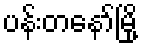
ပန်းတနော်မြို့